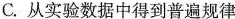
C. 从实验数据中得到普遍规律